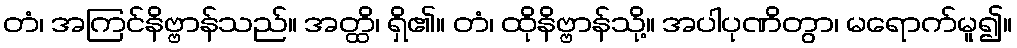
တံ၊ အကြင်နိဗ္ဗာန်သည်။ အတ္ထိ၊ ရှိ၏။ တံ၊ ထိုနိဗ္ဗာန်သို့။ အပါပုဏိတွာ၊ မရောက်မူ၍။